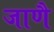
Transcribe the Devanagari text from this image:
जाणै